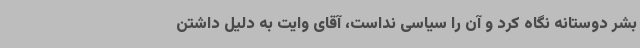
بشر دوستانه نگاه کرد و آن را سیاسی نداست، آقای وایت به دلیل داشتن